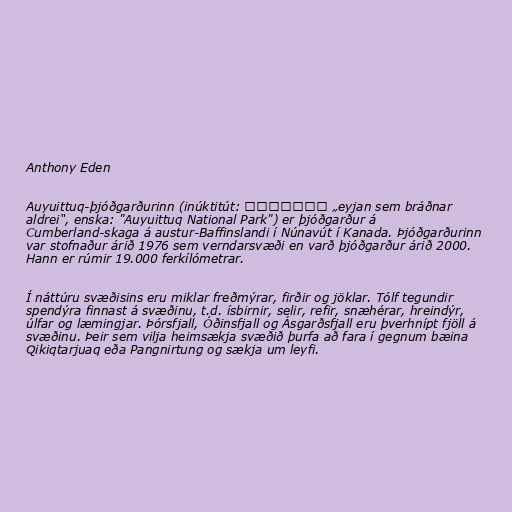
Anthony Eden

Auyuittuq-þjóðgarðurinn (inúktitút: ᐊᐅᔪᐃᑦᑐᖅ „eyjan sem bráðnar
aldrei“, enska: "Auyuittuq National Park") er þjóðgarður á
Cumberland-skaga á austur-Baffinslandi í Núnavút í Kanada. Þjóðgarðurinn
var stofnaður árið 1976 sem verndarsvæði en varð þjóðgarður árið 2000.
Hann er rúmir 19.000 ferkílómetrar.

Í náttúru svæðisins eru miklar freðmýrar, firðir og jöklar. Tólf tegundir
spendýra finnast á svæðinu, t.d. ísbirnir, selir, refir, snæhérar, hreindýr,
úlfar og læmingjar. Þórsfjall, Óðinsfjall og Ásgarðsfjall eru þverhnípt fjöll á
svæðinu. Þeir sem vilja heimsækja svæðið þurfa að fara í gegnum bæina
Qikiqtarjuaq eða Pangnirtung og sækja um leyfi.